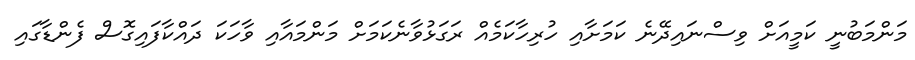
މަންމަބުނީ ކަމީއަށް ވިސްނައިދޭނެ ކަމަށާއި ހުރިހާކަމެއް ރަގަޅުވާނެކަމަށް މަންމައާއި ވާހަކަ ދައްކާފައިގޮސް ފެންޑާގައި